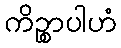
ကိဉ္စာပါဟံ